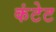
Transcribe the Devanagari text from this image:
कंटेट